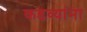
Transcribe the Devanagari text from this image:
कडव्यांना